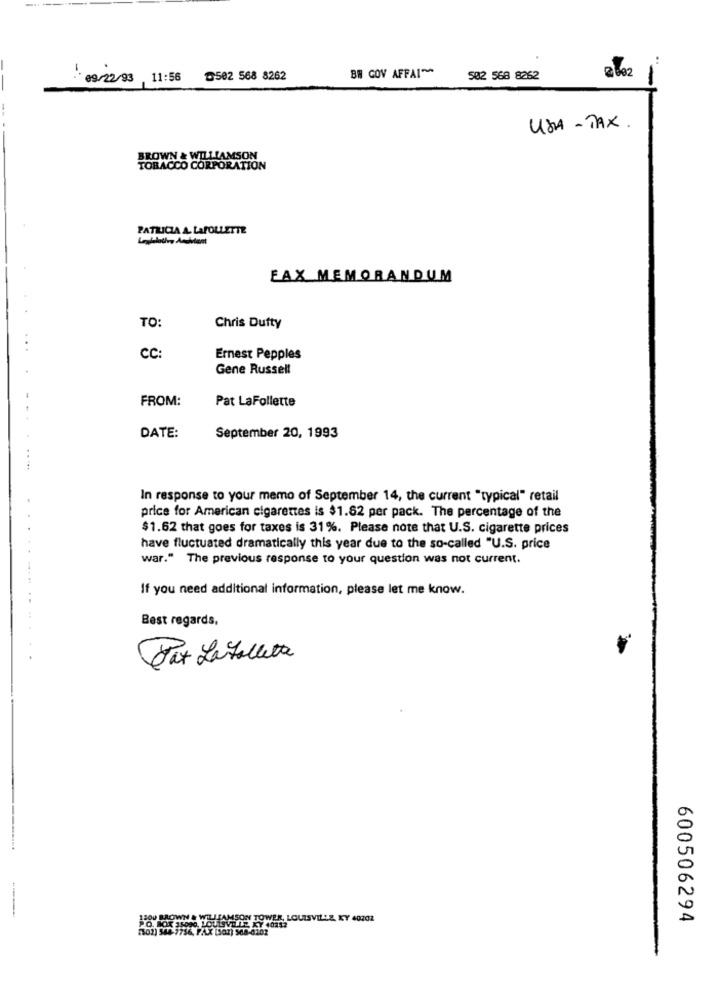
BR GOV AFFAI~
09/22/93 11:56 0502 568 8262
502 568 8262
USA - TAX.
BROWN & WILLIAMSON
TOBACCO CORPORATION
PATRICIA A. LAFOLLETTE
FAX MEMORANDUM
TO:
Chris Dufty
CC
Ernest Pepples
Gene Russell
FROM:
Pat LaFollette
DATE:
September 20, 1993
In response to your memo of September 14, the current "typical" retail
price for American cigarettes is $1.62 per pack. The percentage of the
$1.62 that goes for taxes is 31%. Please note that U.S. cigarette prices
have fluctuated dramatically this year due to the so-called "U.S. price
war." The previous response to your question was not current.
If you need additional information, please let me know.
Best regards,
Pat La Falleta
FUISAMSON TOWER, LOUISVILLE, KY 40202
600506294